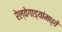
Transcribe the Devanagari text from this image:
रेल्वेगाड्यांमध्ये